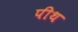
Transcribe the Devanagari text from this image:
पीथ